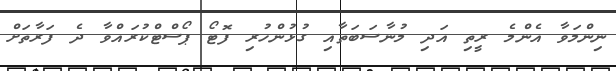
ނިންމަވާ އެންމެ ރީތި އަދި މުނާސަބަތާއި ގުޅުންހުރި ފޮޓޯ ޕޯސްޓްކުރައްވާ ދެ ފަރާތަށް